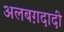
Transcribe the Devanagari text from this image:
अलबग़दादी